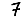
Digit: 7